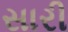
સારી